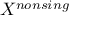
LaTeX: X ^ { n o n s i n g }